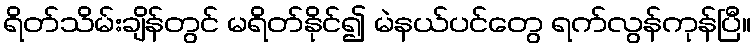
ရိတ်သိမ်းချိန်တွင် မရိတ်နိုင်၍ မဲနယ်ပင်တွေ ရက်လွန်ကုန်ပြီ။